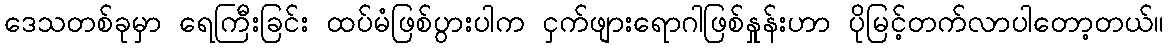
ဒေသတစ်ခုမှာ ရေကြီးခြင်း ထပ်မံဖြစ်ပွားပါက ငှက်ဖျားရောဂါဖြစ်နှုန်းဟာ ပိုမြင့်တက်လာပါတော့တယ်။